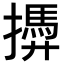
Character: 𢶚